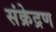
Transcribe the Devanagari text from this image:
संक्रेद्रण